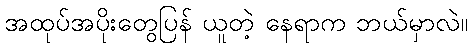
အထုပ်အပိုးတွေပြန် ယူတဲ့ နေရာက ဘယ်မှာလဲ။